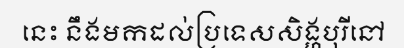
នេះ នឹងមកដល់ប្រទេសសិង្ហបុរីនៅ